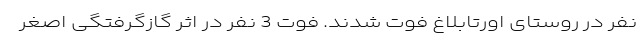
نفر در روستای اورتابلاغ فوت شدند. فوت 3 نفر در اثر گازگرفتگی اصغر